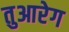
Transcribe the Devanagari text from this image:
तुआरेग